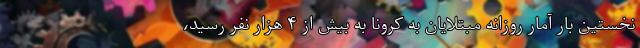
نخستین بار آمار روزانه مبتلایان به کرونا به بیش از ۴ هزار نفر رسید،